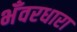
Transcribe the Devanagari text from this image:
भँवरधारा